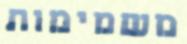
משמימות